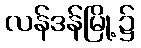
လန်ဒန်မြို့၌